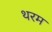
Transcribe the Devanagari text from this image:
थरम